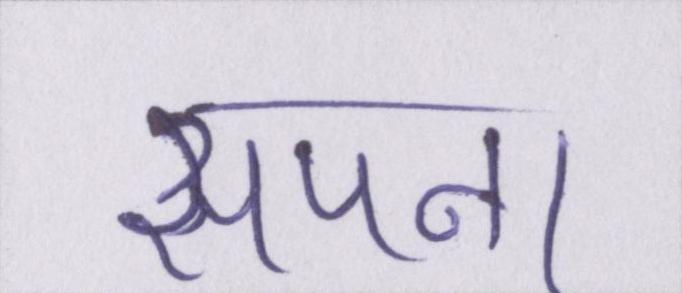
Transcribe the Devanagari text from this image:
सपना